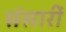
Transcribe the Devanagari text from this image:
संसारीं